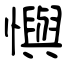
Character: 懙